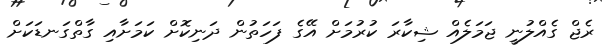
ރެޖް ގެއްލުނީ ޖަމަލެއް ޝިކާރަ ކުރުމަށް އޭގެ ފަހަތުން ދަނިކޮށް ކަމަށާއި ގާތްގަނޑަކަށް